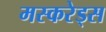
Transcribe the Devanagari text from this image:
मस्करेड्स